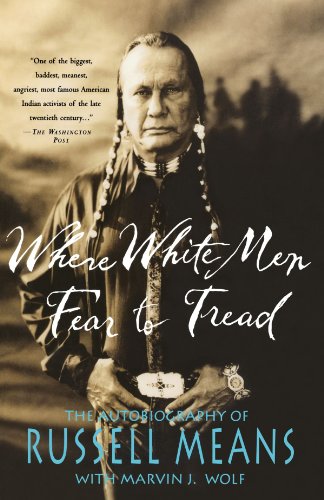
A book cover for Where White Men Fear to Tread: The Autobiography of Russell Means; Russell Means; Biographies & Memoirs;